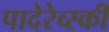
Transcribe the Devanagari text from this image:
पादेरेव्स्की